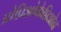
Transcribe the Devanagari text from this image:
प्रोप्रिओकेप्तिओन